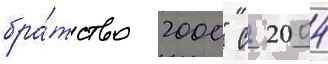
бра́тство 2000" с 2004